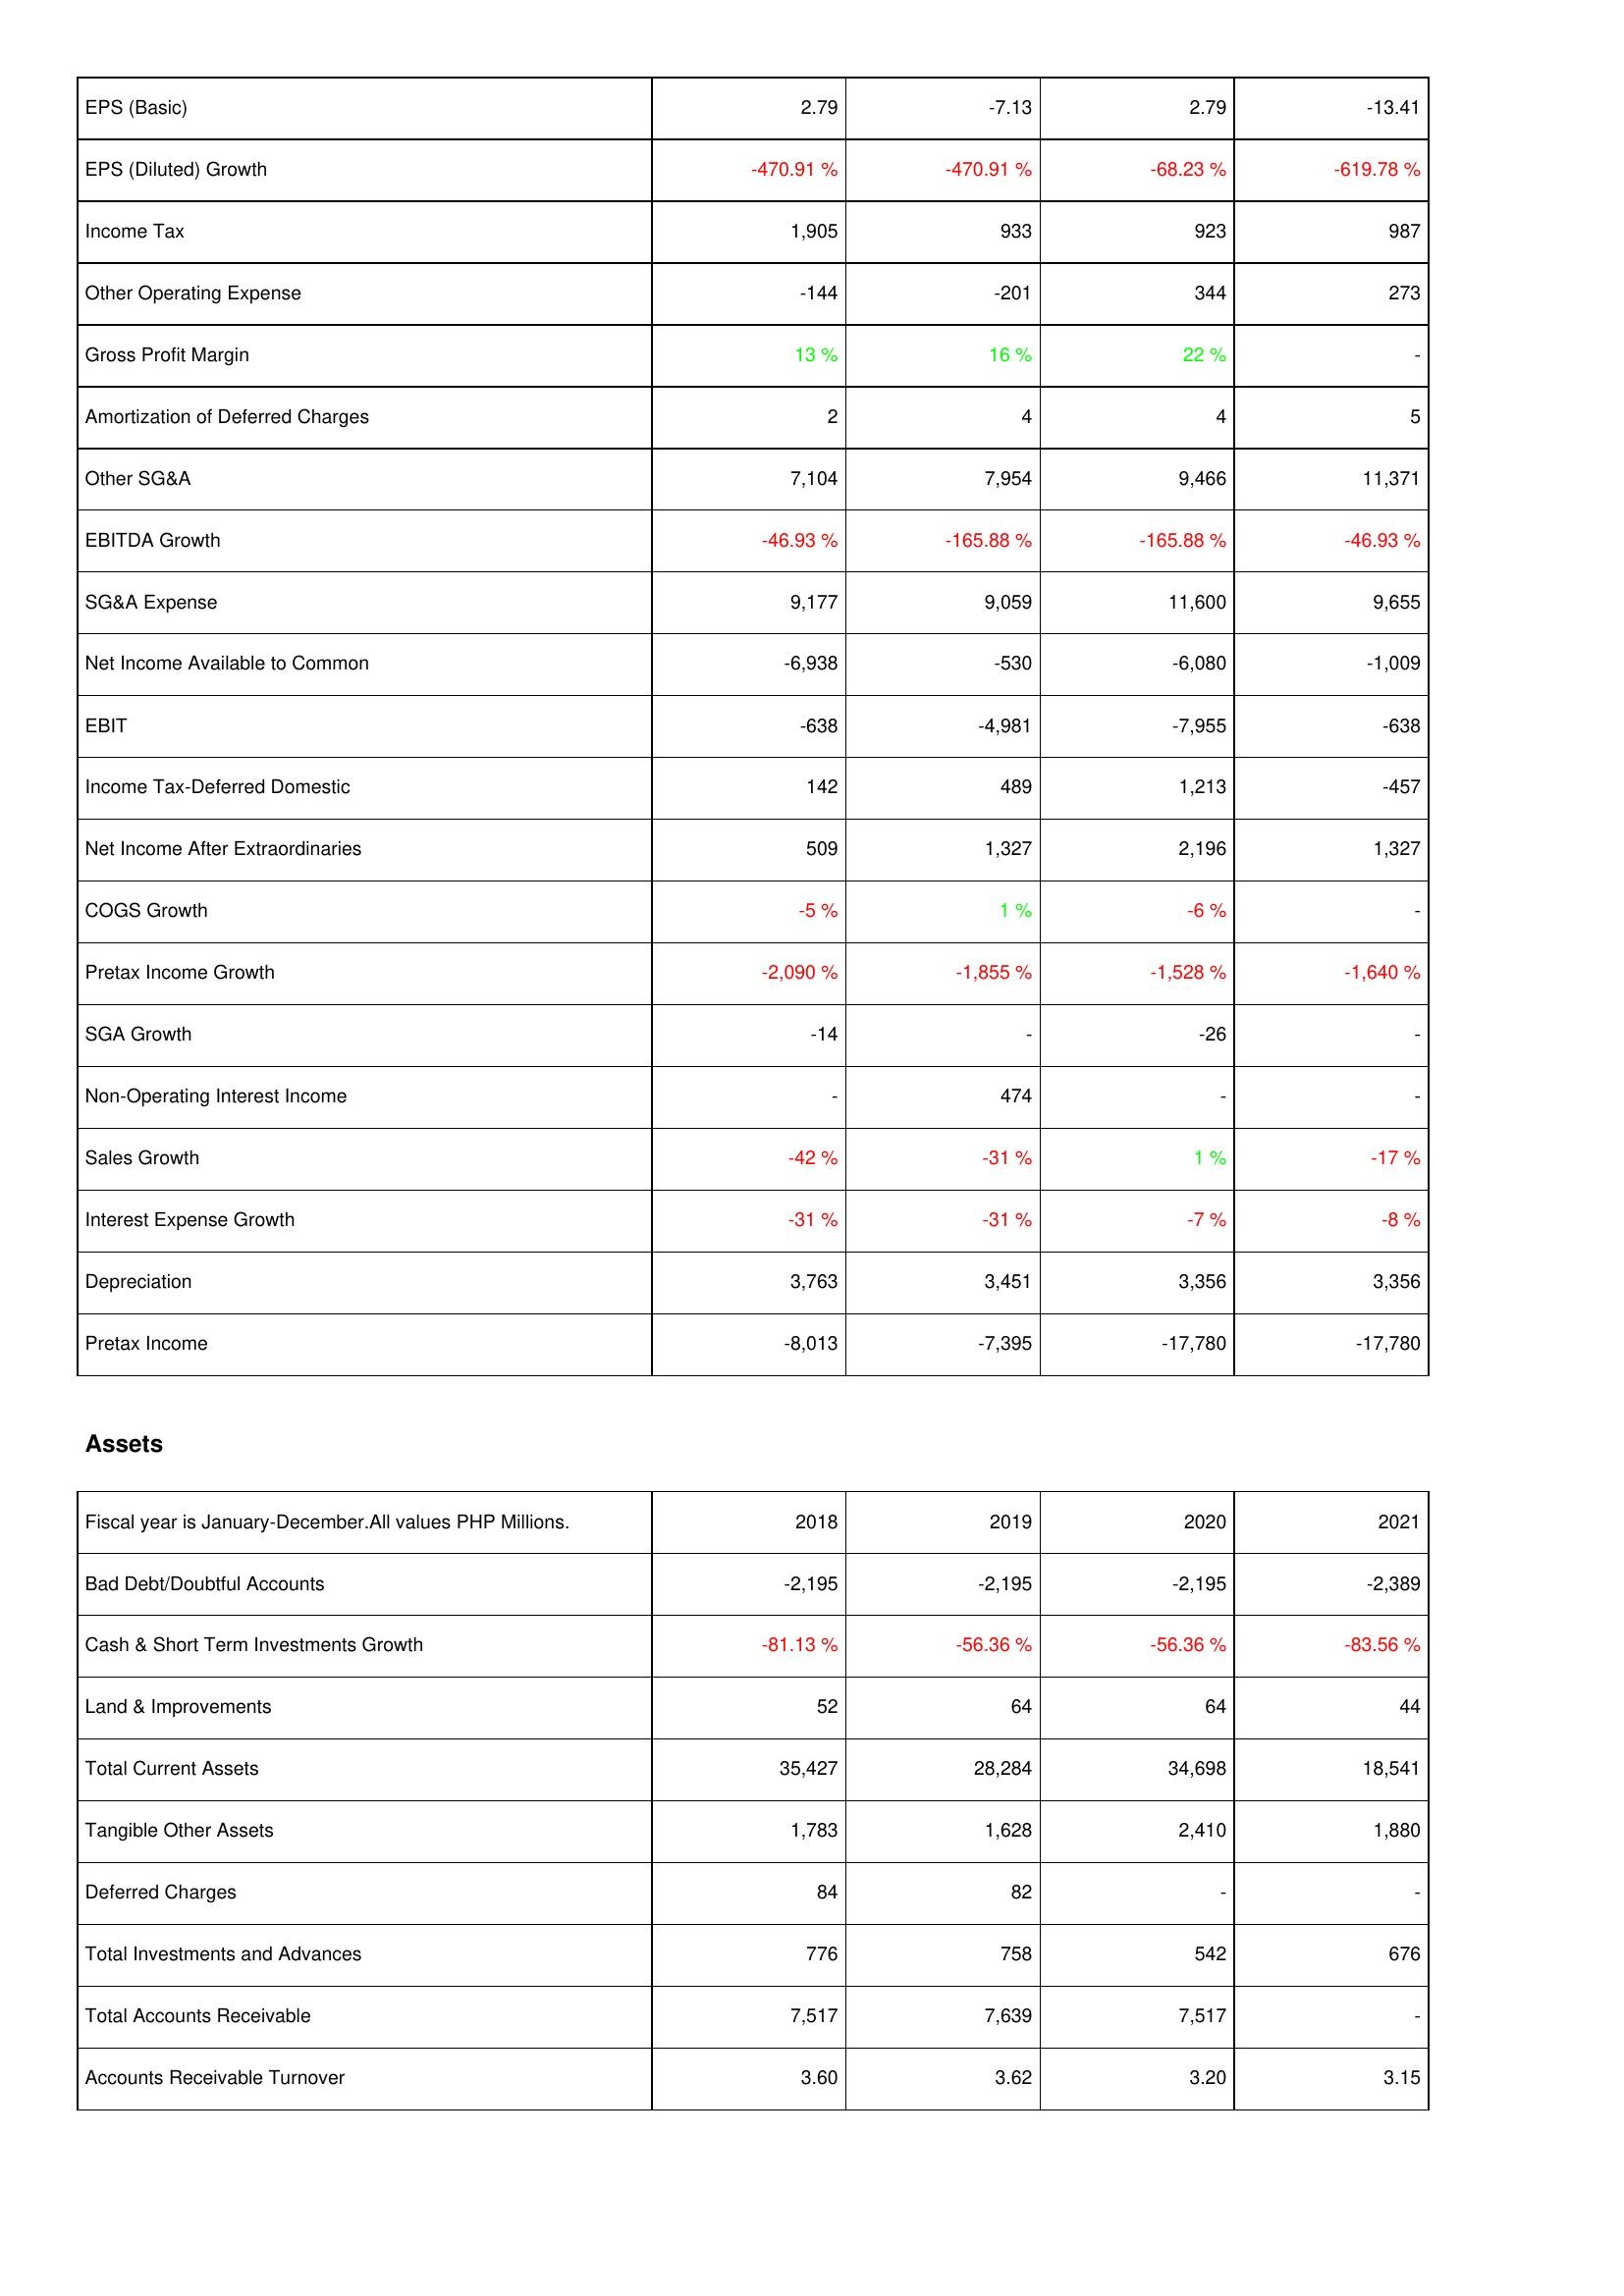
2018: Income Statement: EPS (Basic): 2.79
EPS (Diluted) Growth: -470.91 %
Income Tax: 1,905
Other Operating Expense: -144
Gross Profit Margin: 13 %
Amortization of Deferred Charges: 2
Other SG&A: 7,104
EBITDA Growth: -46.93 %
SG&A Expense: 9,177
Net Income Available to Common: -6,938
EBIT: -638
Income Tax-Deferred Domestic: 142
Net Income After Extraordinaries: 509
COGS Growth: -5 %
Pretax Income Growth: -2,090 %
SGA Growth: -14
Non-Operating Interest Income: -
Sales Growth: -42 %
Interest Expense Growth: -31 %
Depreciation: 3,763
Pretax Income: -8,013
Assets: Bad Debt/Doubtful Accounts: -2,195
Cash & Short Term Investments Growth: -81.13 %
Land & Improvements: 52
Total Current Assets: 35,427
Tangible Other Assets: 1,783
Deferred Charges: 84
Total Investments and Advances: 776
Total Accounts Receivable: 7,517
Accounts Receivable Turnover: 3.60
2019: Income Statement: EPS (Basic): -7.13
EPS (Diluted) Growth: -470.91 %
Income Tax: 933
Other Operating Expense: -201
Gross Profit Margin: 16 %
Amortization of Deferred Charges: 4
Other SG&A: 7,954
EBITDA Growth: -165.88 %
SG&A Expense: 9,059
Net Income Available to Common: -530
EBIT: -4,981
Income Tax-Deferred Domestic: 489
Net Income After Extraordinaries: 1,327
COGS Growth: 1 %
Pretax Income Growth: -1,855 %
SGA Growth: -
Non-Operating Interest Income: 474
Sales Growth: -31 %
Interest Expense Growth: -31 %
Depreciation: 3,451
Pretax Income: -7,395
Assets: Bad Debt/Doubtful Accounts: -2,195
Cash & Short Term Investments Growth: -56.36 %
Land & Improvements: 64
Total Current Assets: 28,284
Tangible Other Assets: 1,628
Deferred Charges: 82
Total Investments and Advances: 758
Total Accounts Receivable: 7,639
Accounts Receivable Turnover: 3.62
2020: Income Statement: EPS (Basic): 2.79
EPS (Diluted) Growth: -68.23 %
Income Tax: 923
Other Operating Expense: 344
Gross Profit Margin: 22 %
Amortization of Deferred Charges: 4
Other SG&A: 9,466
EBITDA Growth: -165.88 %
SG&A Expense: 11,600
Net Income Available to Common: -6,080
EBIT: -7,955
Income Tax-Deferred Domestic: 1,213
Net Income After Extraordinaries: 2,196
COGS Growth: -6 %
Pretax Income Growth: -1,528 %
SGA Growth: -26
Non-Operating Interest Income: -
Sales Growth: 1 %
Interest Expense Growth: -7 %
Depreciation: 3,356
Pretax Income: -17,780
Assets: Bad Debt/Doubtful Accounts: -2,195
Cash & Short Term Investments Growth: -56.36 %
Land & Improvements: 64
Total Current Assets: 34,698
Tangible Other Assets: 2,410
Deferred Charges: -
Total Investments and Advances: 542
Total Accounts Receivable: 7,517
Accounts Receivable Turnover: 3.20
2021: Income Statement: EPS (Basic): -13.41
EPS (Diluted) Growth: -619.78 %
Income Tax: 987
Other Operating Expense: 273
Gross Profit Margin: -
Amortization of Deferred Charges: 5
Other SG&A: 11,371
EBITDA Growth: -46.93 %
SG&A Expense: 9,655
Net Income Available to Common: -1,009
EBIT: -638
Income Tax-Deferred Domestic: -457
Net Income After Extraordinaries: 1,327
COGS Growth: -
Pretax Income Growth: -1,640 %
SGA Growth: -
Non-Operating Interest Income: -
Sales Growth: -17 %
Interest Expense Growth: -8 %
Depreciation: 3,356
Pretax Income: -17,780
Assets: Bad Debt/Doubtful Accounts: -2,389
Cash & Short Term Investments Growth: -83.56 %
Land & Improvements: 44
Total Current Assets: 18,541
Tangible Other Assets: 1,880
Deferred Charges: -
Total Investments and Advances: 676
Total Accounts Receivable: -
Accounts Receivable Turnover: 3.15